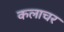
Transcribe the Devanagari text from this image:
कलाचर